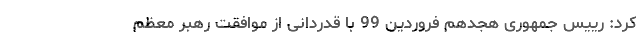
کرد: رییس جمهوری هجدهم فروردین 99 با قدردانی از موافقت رهبر معظم